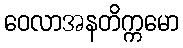
ဝေလာအနတိက္ကမော